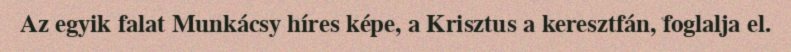
Az egyik falat Munkácsy híres képe, a Krisztus a keresztfán, foglalja el.